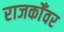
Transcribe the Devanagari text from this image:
राजकोँवर